65_HS1-834228961_62-HQ-83894_Section_3
Agency: FBI
Page 131
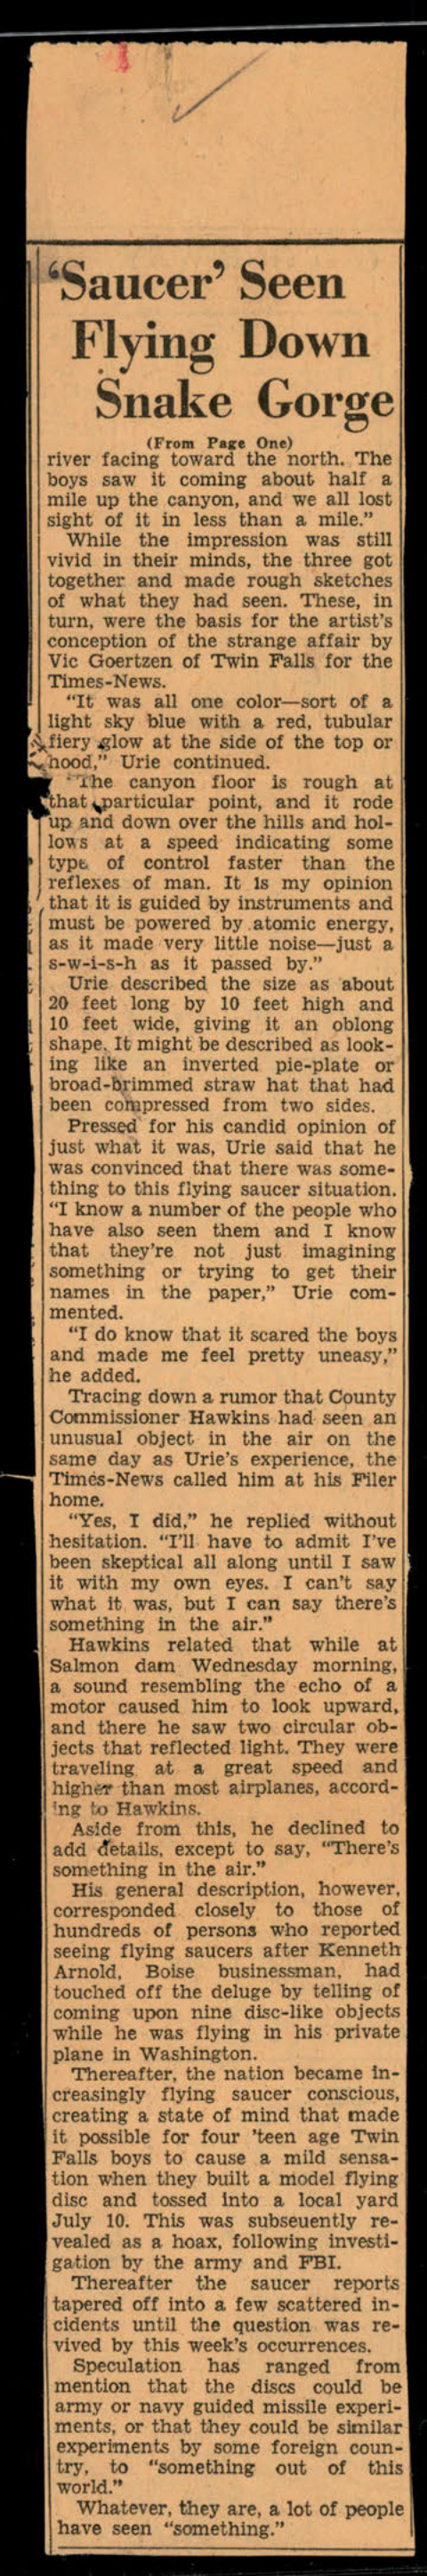